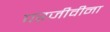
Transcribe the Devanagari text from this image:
परजीवीना